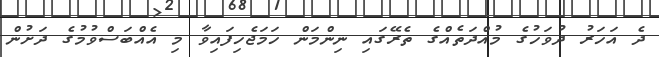
ދެ އަހަރު ދުވަހުގެ މުއްދަތެއްގެ ތެރޭގައި ނިންމަން ހަމަޖެހިފައިވާ މި އެއްބަސްވުމުގެ ދަށުން